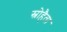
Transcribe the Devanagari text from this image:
स्नोहैता